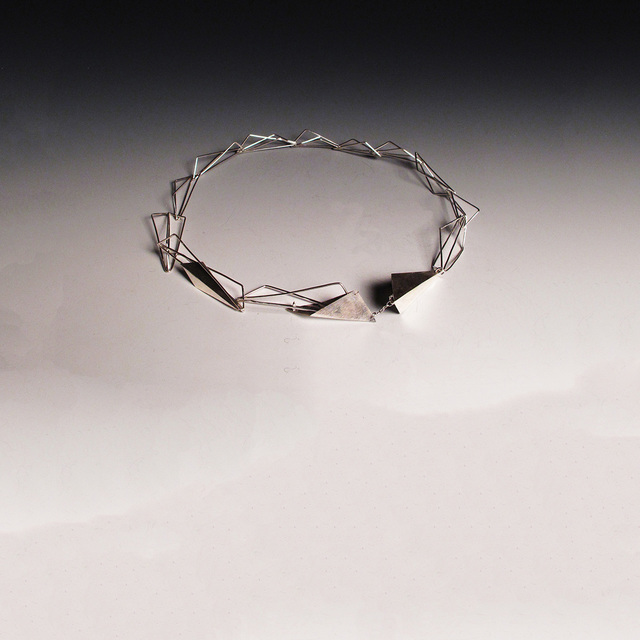
清浊，小大，短长，疾徐，哀乐，刚柔，迟速，高下，出入，周疏，以相济也。